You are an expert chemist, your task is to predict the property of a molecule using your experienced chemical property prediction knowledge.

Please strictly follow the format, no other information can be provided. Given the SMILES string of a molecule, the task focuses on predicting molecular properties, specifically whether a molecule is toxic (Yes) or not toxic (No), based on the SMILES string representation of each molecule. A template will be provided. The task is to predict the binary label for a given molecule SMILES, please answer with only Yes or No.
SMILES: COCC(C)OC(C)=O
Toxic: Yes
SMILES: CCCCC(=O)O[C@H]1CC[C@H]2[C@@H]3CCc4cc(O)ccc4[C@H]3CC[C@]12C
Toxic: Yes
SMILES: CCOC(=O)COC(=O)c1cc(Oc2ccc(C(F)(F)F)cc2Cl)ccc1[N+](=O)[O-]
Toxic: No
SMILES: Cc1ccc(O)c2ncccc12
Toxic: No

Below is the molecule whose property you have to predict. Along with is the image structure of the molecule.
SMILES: O=C(CO)[C@@H](O)[C@H](O)[C@@H](O)CO
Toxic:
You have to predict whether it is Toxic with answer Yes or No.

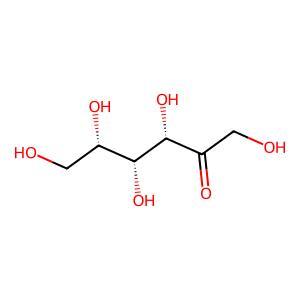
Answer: No